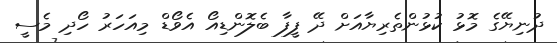
ދުނިޔޭގެ މޮޅު ކުޅުންތެރިޔާއަށް ދޭ ފީފާ ބެލޮންޑިއޯ އެވޯޑް މިއަހަރު ހޯދި މެސީ